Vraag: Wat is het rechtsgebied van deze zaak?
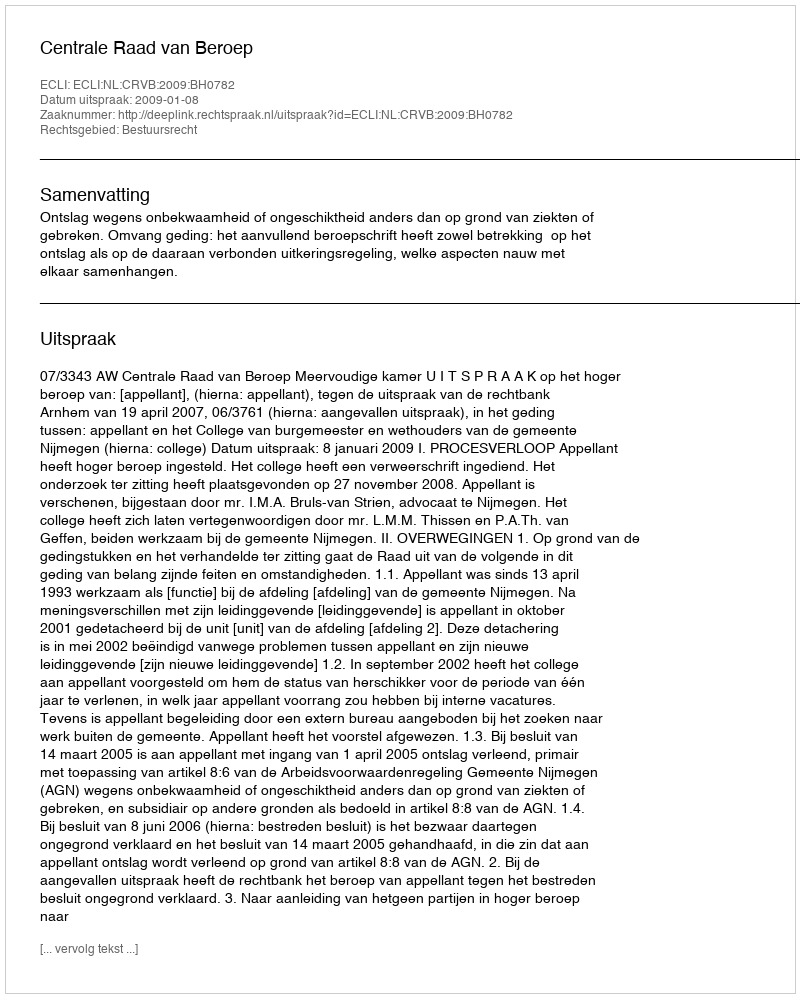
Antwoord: Bestuursrecht